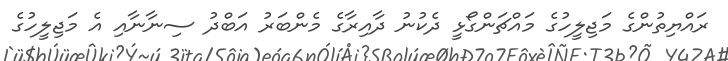
ރައްޔިތުންގެ މަޖިލީހުގެ މައްޗަންގޯޅީ ދެކުނު ދާއިރާގެ މެންބަރު އަބްދު ސިނާނާއި އެ މަޖިލީހުގެ